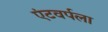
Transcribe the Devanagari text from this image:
एंटवर्पला